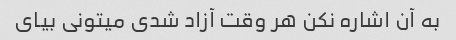
به آن اشاره نکن هر وقت آزاد شدی میتونی بیای